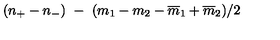
( n _ { + } - n _ { - } ) \ - \ ( m _ { 1 } - m _ { 2 } - { \overline { { m } } _ { 1 } } + { \overline { { m } } _ { 2 } } ) / 2